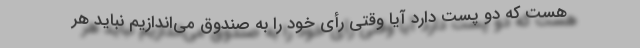
هست که دو پست دارد آیا وقتی رأی خود را به صندوق می‌اندازیم نباید هر